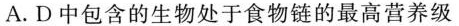
A.D中包含的生物处于食物链的最高营养级